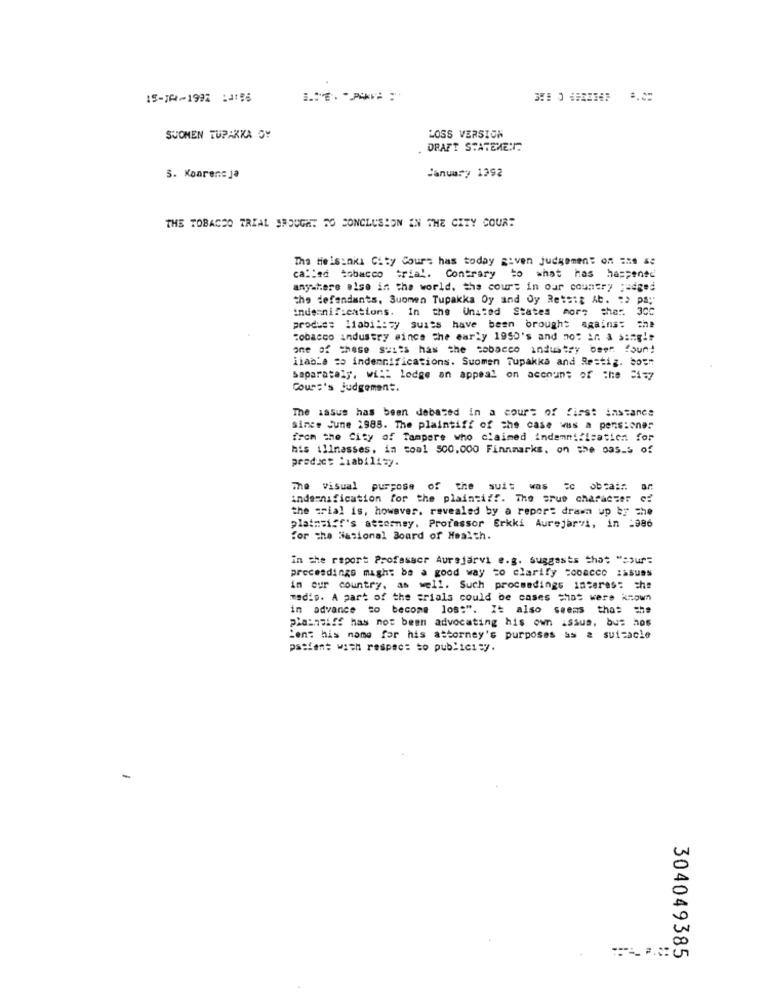
15-14-1992 :3156
SUOMEN TUPAKKA OY
LOSS VERSION
DRAFT STATEMENT
January 1992
3. Konrencja
THE TOBACCO TRIAL SROUGHT TO CONCLUSION IN THE CITY COURT
Tha Helsinki City Cours has today given judgement on Ens se
called tobacco trial. Contrary to what has happened
anywhere else in the world. the court in our country judged
the defendants, Suomen Tupakka Oy and Oy Rets:& Ab. "> pay
indemnifications. In the United States mors cher. 3
produc: 11abil: wy suits have been brought against the
Tobacco industry since the early 1950's and not in a single
one of these suits has the tobacco industry been found
liable to indennifications. Suomen Tupakka and Restig. bo="
Separately, wi :: lodge an appeal on account of the =1=y
Cours's judgement.
The iasus has been debated in a court of first instance
Since June 1985. The plaintiff of the case was a pensiones
from the City of Tampere who claimed indemnification for
his illnesses, in toal 500.000 Finnmarks. on the pas_s of
product Liability.
The visual purpose of the suis was
indemnification for the plaintiff. The srue character of
the trial is, however, revealed by a report drawn up by the
plaintiff's attorney. Professor Erkki Aurejarvi, in :986
for the National Board of Health.
in the raport Profssacr Aursjarvi e.g. suggests that "cour=
procesdings might be a good way to clarify =ooacco issues
in our country, as well. Such proceedings interess che
medis. A part of the trials could be cases that were known
in advance to become los:". It also seems that =he
Plaintiff has not been advocating his own issus, bu= hos
ien: his name for his attorney's purposes as a suicacle
patient with respect to publicity.
304049385